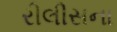
રીલીસના